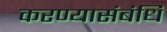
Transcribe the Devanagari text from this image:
करण्यासंबंधि